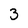
Character: 3